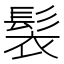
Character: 𩬿